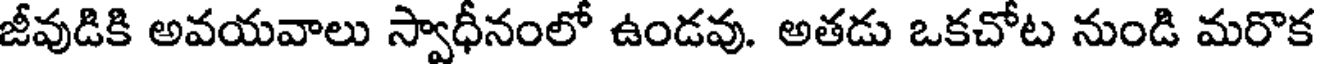
జీవుడికి అవయవాలు స్వాధీనంలో ఉండవు. అతడు ఒకచోట నుండి మరొక